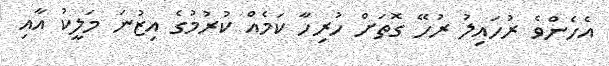
އެހެންވެ ރުހައިލު ރުހޭ ގޮތަށް ހުރިހާ ކަމެއް ކުރުމުގެ އިޒުނަ މަލީކު އާއި